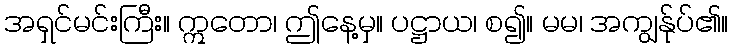
အရှင်မင်းကြီး။ ဣတော၊ ဤနေ့မှ။ ပဋ္ဌာယ၊ စ၍။ မမ၊ အကျွန်ုပ်၏။